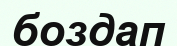
боздап